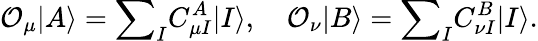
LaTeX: \mathcal{O}_{\mu}|A\rangle={\sum}_{I}C_{\mu I}^{A}|I\rangle,\quad\mathcal{O}_{\nu}|B\rangle={\sum}_{I}C_{\nu I}^{B}|I\rangle.